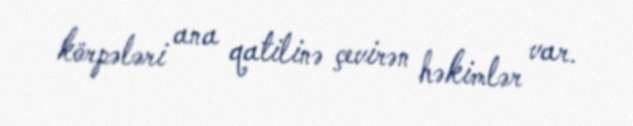
körpələri ana qatilinə çevirən həkimlər var.